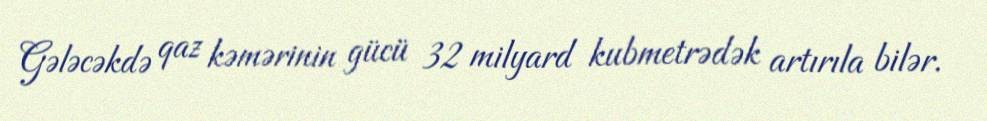
Gələcəkdə qaz kəmərinin gücü 32 milyard kubmetrədək artırıla bilər.